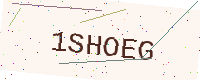
Text: 1SHOEG